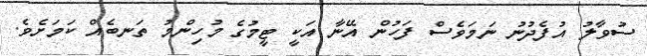
ސުވާލު އުފެދުނު ނަމަވެސް ފަހުން އޭނާ އަކީ ޓީމުގެ މުހިންމު ތަނބެއް ކަމަށެވެ.